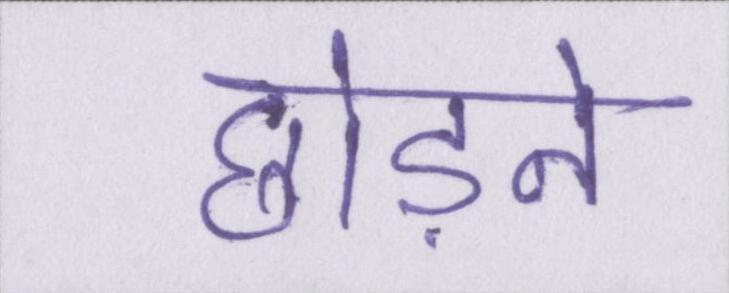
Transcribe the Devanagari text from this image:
छोड़ने